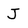
Character: J